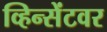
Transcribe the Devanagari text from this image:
व्हिन्सेंटवर